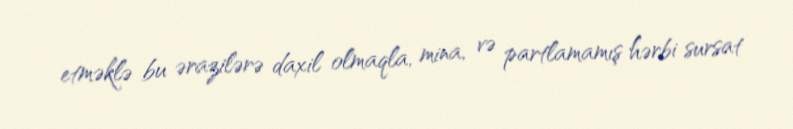
etməklə bu ərazilərə daxil olmaqla, mina, və partlamamış hərbi sursat